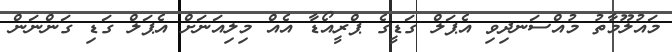
މައުލޫމާތު މުއްސަނދިވި އެޕަލް ގަޑީގެ ޕްރީއޯޑާ އެއް މިލިއަނަށް އެޕަލް ގަޑި ގަންނަން